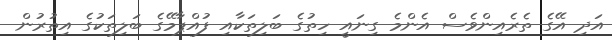
އަދި އޭގެ ތެރެއިންވެސް އެންމެ ގިނައީ ހިތުގެ ބަލިތަކާއި ފުއްޕާމޭގެ ބަލިތަކުގެ އިތުރުން